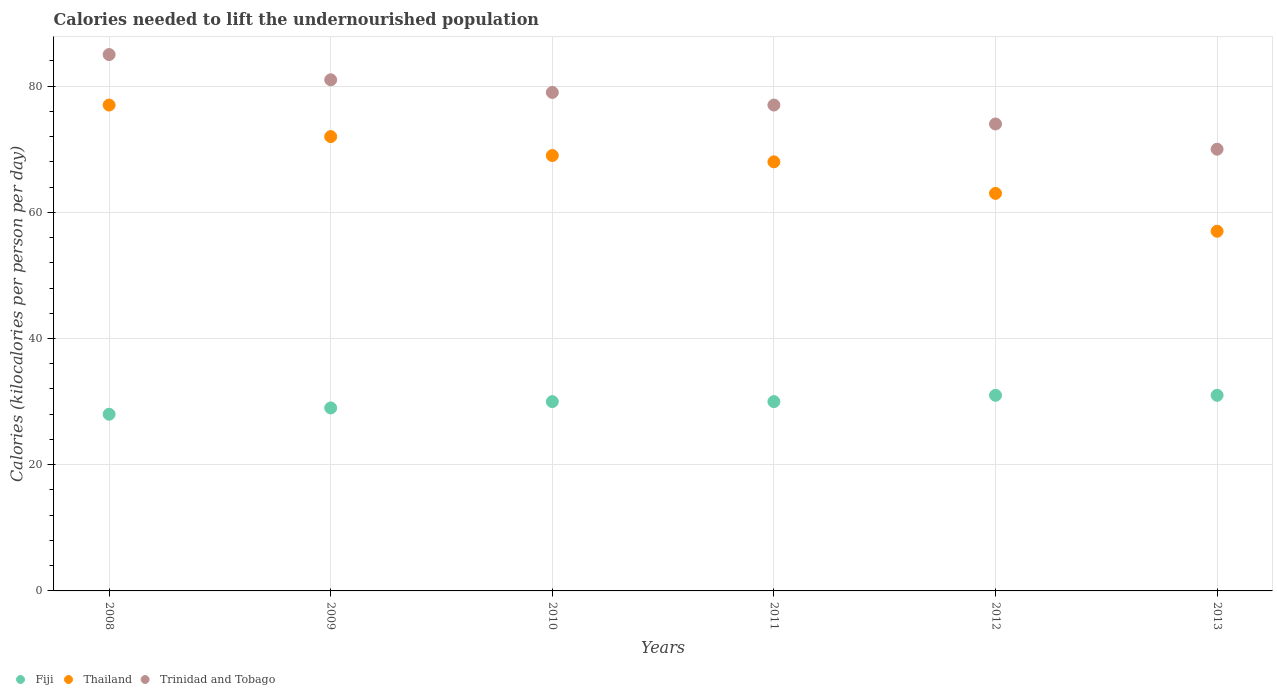
| Years | Fiji | Thailand | Trinidad and Tobago |
 | --- | --- | --- | --- |
 | 2008 | 28 | 77 | 85 |
 | 2009 | 29 | 72 | 81 |
 | 2010 | 30 | 69 | 79 |
 | 2011 | 30 | 68 | 77 |
 | 2012 | 31 | 63 | 74 |
 | 2013 | 31 | 57 | 70 |